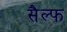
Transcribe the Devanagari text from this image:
सैल्फ